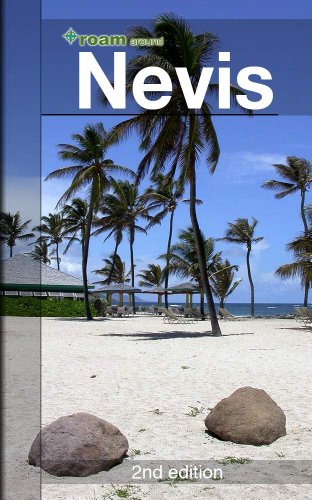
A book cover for roam around Nevis; AR Corbin; Travel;